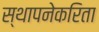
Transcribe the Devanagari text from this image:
स्थापनेकरिता